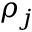
\rho _ { j }